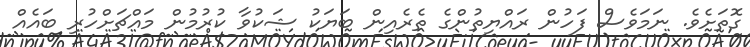
ގޮތަށެވެ. ނަމަވެސް ފަހުން ރައްޔިތުންގެ ތެރެއިން ބަޔަކު ޝަކުވާ ކުރުމުން މައްްޗަށްހުރި ބައެއް